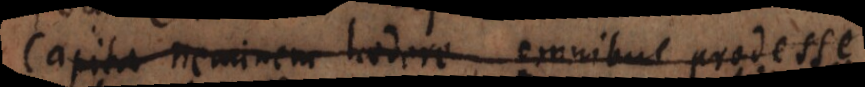
Capita, neminem laedere, omnibus prodesse